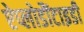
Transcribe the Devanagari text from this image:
ऐप्लोडौंटाइडी